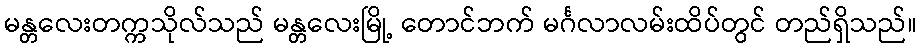
မန္တလေးတက္ကသိုလ်သည် မန္တလေးမြို့ တောင်ဘက် မင်္ဂလာလမ်းထိပ်တွင် တည်ရှိသည်။